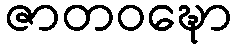
ဇာတဝဍ္ဎော